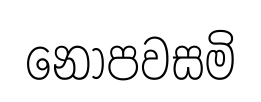
නොපවසමි